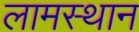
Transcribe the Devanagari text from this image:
लामस्थान